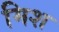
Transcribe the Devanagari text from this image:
मिश